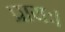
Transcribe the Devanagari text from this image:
प्रायः।